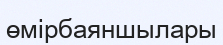
өмірбаяншылары